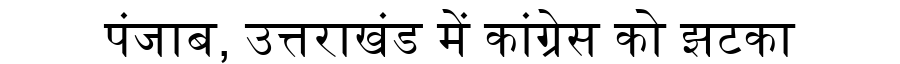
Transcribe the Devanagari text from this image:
पंजाब, उत्तराखंड में कांग्रेस को झटका